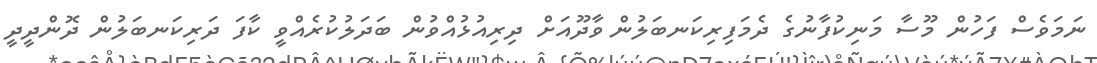
ނަމަވެސް ފަހުން މޫސާ މަނިކުފާނުގެ ދެމަފިރިކަނބަލުން ވާދޫއަށް ދިރިއުޅުއްވުން ބަދަލުކުރެއްވީ ކާފަ ދަރިކަނބަލުން ދޮންދީދީ